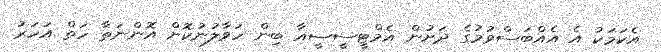
އެކަމަކު އެ އެއްބަސްވުމުގެ ދަށުން އެމްޓީސީސީއާ ބިން ހަވާލުނުކޮށް އޮންނަތާ ހަތް އަހަރު